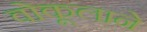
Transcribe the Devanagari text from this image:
वोकूलाने